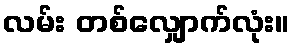
လမ်း တစ်လျှောက်လုံး။